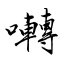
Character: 囀